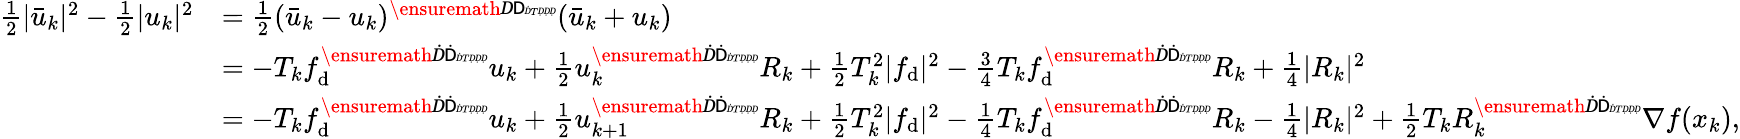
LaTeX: \begin{array}{rl}{\frac{1}{2}|\bar{u}_{k}|^{2}-\frac{1}{2}|u_{k}|^{2}}&{=\frac{1}{2}(\bar{u}_{k}-u_{k})^{\ensuremath Ḋ\mathsf Ḋ\tiny ḊTḌḌḌ}(\bar{u}_{k}+u_{k})}\\ &{=-T_{k}f_{\mathrm{d}}^{\ensuremath Ḋ\mathsf Ḋ\tiny ḊTḌḌḌ}u_{k}+\frac{1}{2}u_{k}^{\ensuremath Ḋ\mathsf Ḋ\tiny ḊTḌḌḌ}R_{k}+\frac{1}{2}T_{k}^{2}|f_{\mathrm{d}}|^{2}-\frac{3}{4}T_{k}f_{\mathrm{d}}^{\ensuremath Ḋ\mathsf Ḋ\tiny ḊTḌḌḌ}R_{k}+\frac{1}{4}|R_{k}|^{2}}\\ &{=-T_{k}f_{\mathrm{d}}^{\ensuremath Ḋ\mathsf Ḋ\tiny ḊTḌḌḌ}u_{k}+\frac{1}{2}u_{k+1}^{\ensuremath Ḋ\mathsf Ḋ\tiny ḊTḌḌḌ}R_{k}+\frac{1}{2}T_{k}^{2}|f_{\mathrm{d}}|^{2}-\frac{1}{4}T_{k}f_{\mathrm{d}}^{\ensuremath Ḋ\mathsf Ḋ\tiny ḊTḌḌḌ}R_{k}-\frac{1}{4}|R_{k}|^{2}+\frac{1}{2}T_{k}R_{k}^{\ensuremath Ḋ\mathsf Ḋ\tiny ḊTḌḌḌ}\nabla f(x_{k}),}\end{array}